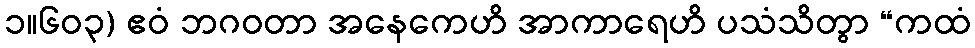
၁။၆၀၃) ဧဝံ ဘဂဝတာ အနေကေဟိ အာကာရေဟိ ပသံသိတွာ “ကထံ